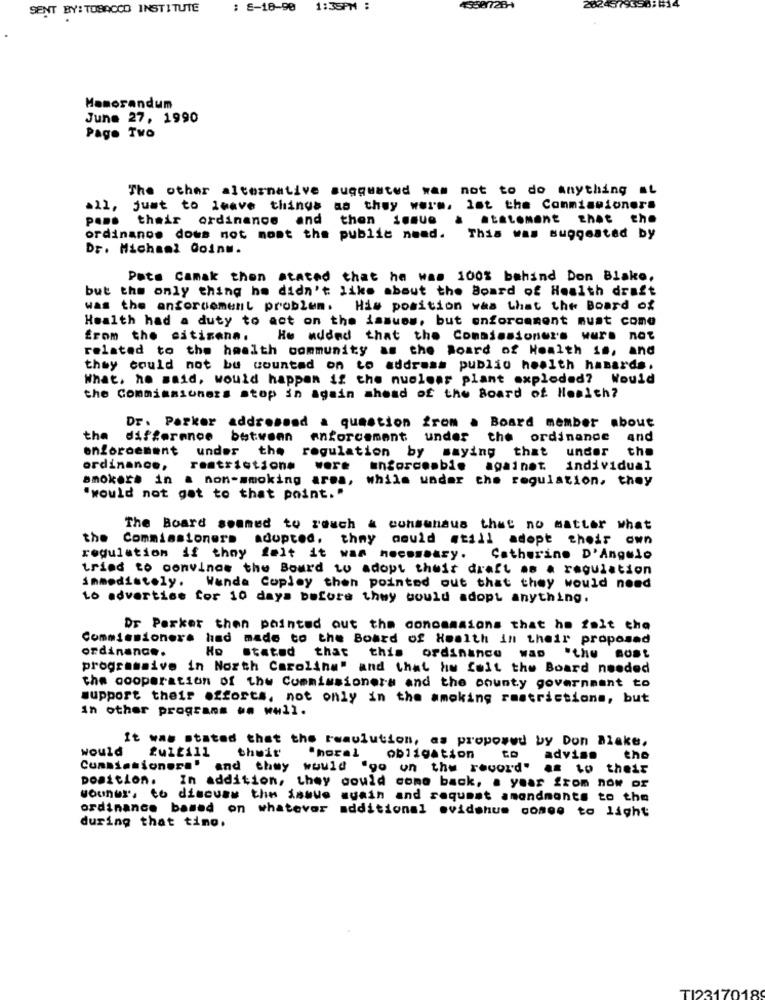
SENT BY: TOBACCO INSTITUTE
: E-18-90
1:35PM :
1559728-
28243793587
Memorandum
June 27, 1990
Page Two
The other alternative suggusted was not to do anything it
just to leave things as they were, lot the Commissioners
P ...
their ordinance and then ienue
.tatomant that the
ordinance dows not mont the public need.
This was suggested by
Dr. Michael Coinm.
Pote Camak then stated that he was 100% behind Don Blake,
but the only thing he didn't like about the Board of Health draft
was the anforcement problem. His position was that the Board of
Health had a duty to act on the issues, but enforcement must come
from the citizens. He added that the Commissioners wurs not
related to the health community as the Board of Health so, and
they could not be counted on to address public health hasards.
What, he said, would happen if the nuclear plant exploded? Would
the Commissioners stop in again ahead of the Board of Health?
Dr. Parker addressed a question from a Board member about
the difference between enforcement under the ordinance and
enforcement under the
the
regulation by saying that under
ordinance,
restriction#
wore enforceable againet individual
amoker. in
& non-smoking area, while under the regulation, they
"would not got to that point. "
The Board sommed to reach & consensus that no matter what
the Commissioners adopted, they would still adopt their own
regulation if they felt it was necessary.
Catherine D'Angelo
tried to convinos the Board to adopt their draft as a regulation
immediately. Wanda Copley then pointed out that they would need
Lo advertise for 10 days before they would adopt anything.
Dr Parker then pointed out the concamaions that he felt cha
Commissioners had made to the Board of Health in their proposed
Ho stated that
ordinance.
this
ordinance wap "the most
progressive in North Carolina" and that hw fuit the Board needed
the cooperation of the Commissioners and the county government to
support their efforts, not only in the amoking restrictions, but
In other programs w. wwll.
It was stated that the rwmulution, as proposed by Don Blake.
would
their
obligation
advise
the
and they would "go on the record" as to their
position. In addition, they could come back, a year from now of
vouner, to discuss the issue again and request amendments to the
ordinance based on whatever additional ovidshum comes to light
during that tino.
TI2317018